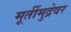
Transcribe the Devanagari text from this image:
मूर्तीमुद्रेवर